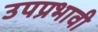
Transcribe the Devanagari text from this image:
उपप्रभावी